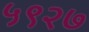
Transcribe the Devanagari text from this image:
५९२७